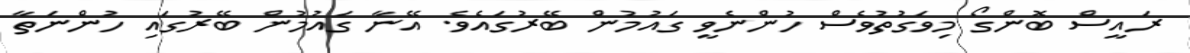
ރައީސް ބޮންގޯ މިވަގުތުވެސް ހުންނެވީ ގައުމުން ބޭރުގައެވެ. އޭނާ ގައުމުން ބޭރުގައި ހުންނަތާ